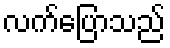
လက်ပြောသည်